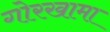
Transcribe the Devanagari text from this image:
गोरखामा